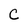
Character: C